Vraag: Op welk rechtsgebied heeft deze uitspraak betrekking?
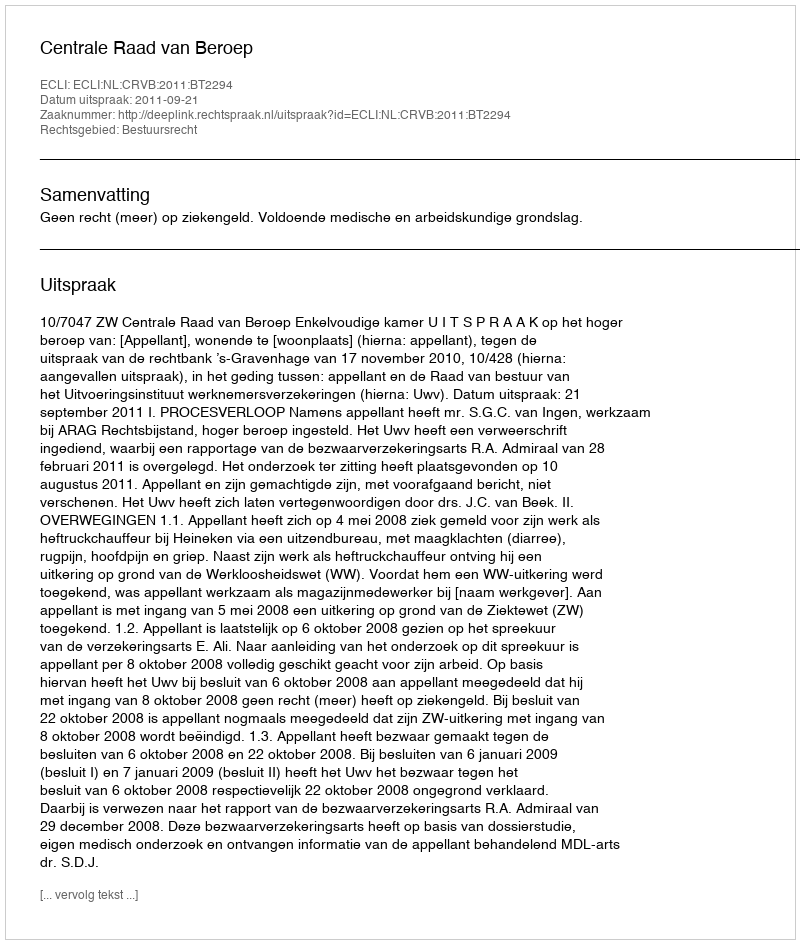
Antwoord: Bestuursrecht